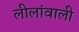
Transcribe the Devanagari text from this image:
लीलांवाली